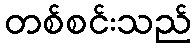
တစ်စင်းသည်